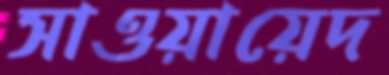
সাওয়ায়েদ